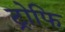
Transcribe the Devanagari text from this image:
ट्रोफि